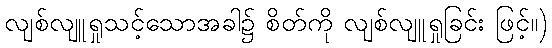
လျစ်လျူရှုသင့်သောအခါ၌ စိတ်ကို လျစ်လျူရှုခြင်း ဖြင့်။)